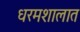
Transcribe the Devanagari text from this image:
धरमशालात